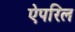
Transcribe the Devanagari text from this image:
ऐपरिल